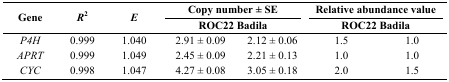
<table><thead><tr><td rowspan="3"><b>Gene</b></td><td rowspan="3"><b><i>R</i><sup>2</sup></b></td><td rowspan="3"><b><i>E</i></b></td><td colspan="2"><b>Copy number ± SE</b></td><td colspan="2"><b>Relative abundance value</b></td></tr><tr><td colspan="2"><b>ROC22 Badila</b></td><td colspan="2"><b>ROC22 Badila</b></td></tr></thead><tbody><tr><td><i>P4H</i></td><td>0.999</td><td>1.040</td><td>2.91 ± 0.09</td><td>2.12 ± 0.06</td><td>1.5</td><td>1.0</td></tr><tr><td><i>APRT</i></td><td>0.999</td><td>1.049</td><td>2.45 ± 0.09</td><td>2.21 ± 0.13</td><td>1.0</td><td>1.0</td></tr><tr><td><i>CYC</i></td><td>0.998</td><td>1.047</td><td>4.27 ± 0.08</td><td>3.05 ± 0.18</td><td>2.0</td><td>1.5</td></tr></tbody></table>